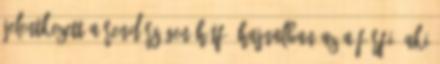
jelentkezett a rendőrségen hétfő hajnalban az a férfi, aki